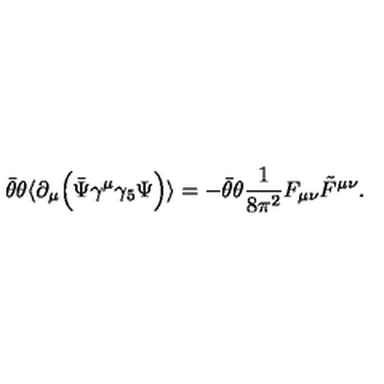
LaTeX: \bar { \theta } \theta \langle \partial _ { \mu } \Big ( \bar { \Psi } \gamma ^ { \mu } \gamma _ { 5 } \Psi \Big ) \rangle = - \bar { \theta } \theta \frac { 1 } { 8 \pi ^ { 2 } } F _ { \mu \nu } \tilde { F } ^ { \mu \nu } .